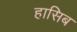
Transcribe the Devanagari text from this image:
हासिब